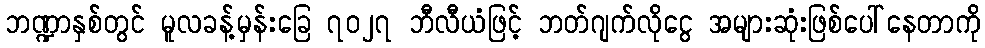
ဘဏ္ဍာနှစ်တွင် မူလခန့်မှန်းခြေ ၇၀၂၇ ဘီလီယံဖြင့် ဘတ်ဂျက်လိုငွေ အများဆုံးဖြစ်ပေါ်နေတာကို